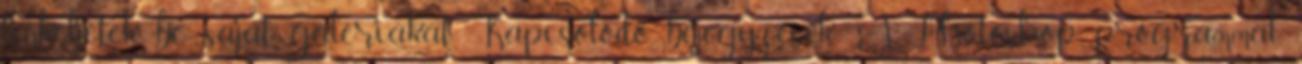
linkeljetek be saját galériákat Kapcsolódó bejegyzések: A Photoshop programmal